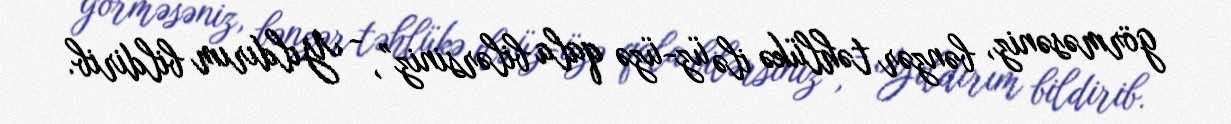
görməsəniz, bənzər təhlükə ilə üz-üzə qala bilərsiniz”, - Yıldırım bildirib.